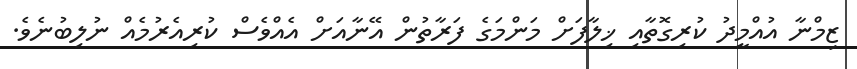
ޒިމްނާ އުއްމީދު ކުރިގޮތާއި ޚިލާފަށް މަންމަގެ ފަރާތުން އޭނާއަށް އެއްވެސް ކުރިއެރުމެއް ނުލިބުނެވެ.